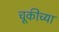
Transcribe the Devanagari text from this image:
चूकीच्या